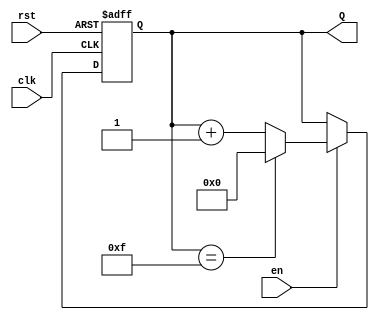
module binary_up_counter (
    input wire clk,       // Clock signal
    input wire rst,       // Asynchronous reset
    input wire en,        // Enable signal
    output reg [n-1:0] Q  // n-bit output for the counter
);
    parameter n = 4;      // Specify the width of the counter (n bits)

    // Always block triggered on the rising edge of clk
    always @(posedge clk or posedge rst) begin
        if (rst) begin
            Q <= 0;       // Reset the counter to 0
        end else if (en) begin
            Q <= (Q == (1 << n) - 1) ? 0 : Q + 1; // Increment with wrap-around
        end
        // If enable is low, keep the current value (no action needed)
    end

endmodule